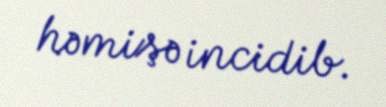
həmişə incidib.